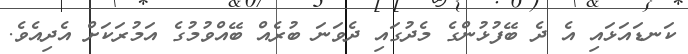
ކަނޑައަޅައި އެ ދެ ބޭފުޅުންގެ މެދުގައި ދެވަނަ ބުރެއް ބޭއްވުމުގެ އަމުރަކަށް އެދިއެވެ.